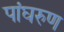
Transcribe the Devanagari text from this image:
पांघरुण